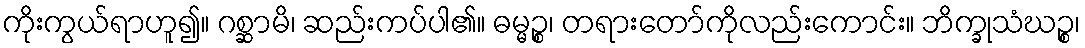
ကိုးကွယ်ရာဟူ၍။ ဂစ္ဆာမိ၊ ဆည်းကပ်ပါ၏။ ဓမ္မဉ္စ၊ တရားတော်ကိုလည်းကောင်း။ ဘိက္ခုသံဃဉ္စ၊